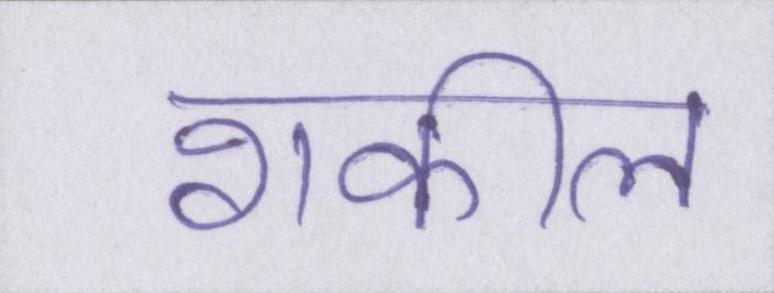
शकील